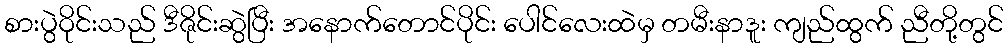
စားပွဲဝိုင်းသည် ဒီဇိုင်းဆွဲပြီး အနောက်တောင်ပိုင်း ပေါင်လေးထဲမှ တမီးနာဒူး ကျည်ထွက် ညီတို့တွင်